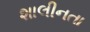
શાલીનતા